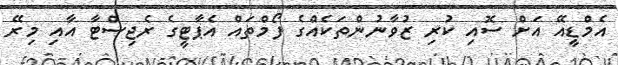
އެމްޑީއޭ އަށް ސޮއި ކުރި ޒުވާނުންތަކެއްގެ ފޯމްތައް އެޕާޓީގެ ރެޖިސްޓާ އާއި މިރޭ